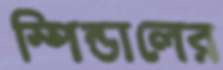
স্পিন্ডালের